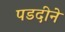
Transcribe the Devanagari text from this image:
पडदीने